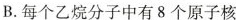
B.每个乙烷分子中有8个原子核